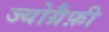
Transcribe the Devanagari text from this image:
ज्योग्रैफ़ी